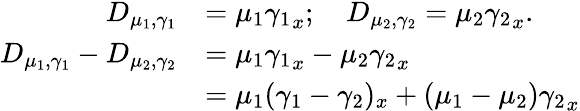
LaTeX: \begin{array}{rl}{D_{\mu_{1},\gamma_{1}}}&{=\mu_{1}{\gamma_{1}}_{x};\ \ \ \ D_{\mu_{2},\gamma_{2}}=\mu_{2}{\gamma_{2}}_{x}.}\\ {D_{\mu_{1},\gamma_{1}}-D_{\mu_{2},\gamma_{2}}}&{=\mu_{1}{\gamma_{1}}_{x}-\mu_{2}{\gamma_{2}}_{x}}\\ &{=\mu_{1}(\gamma_{1}-\gamma_{2})_{x}+(\mu_{1}-\mu_{2}){\gamma_{2}}_{x}}\end{array}